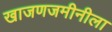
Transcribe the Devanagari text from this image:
खाजणजमीनीला